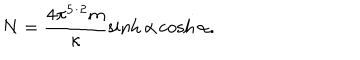
N = \frac { 4 \pi ^ { 5 / 2 } m } { \kappa } \sinh \alpha \cosh \alpha .